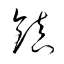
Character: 鎭